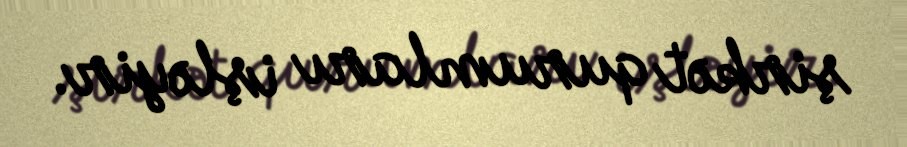
şirkət qurumları işləyir.